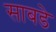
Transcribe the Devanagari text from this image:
साबडे